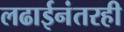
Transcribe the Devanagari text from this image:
लढाईनंतरही